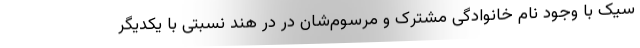
سیک با وجود نام خانوادگی مشترک و مرسوم‌شان در در هند نسبتی با یکدیگر